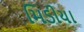
મિડીયા